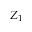
Z _ { 1 }